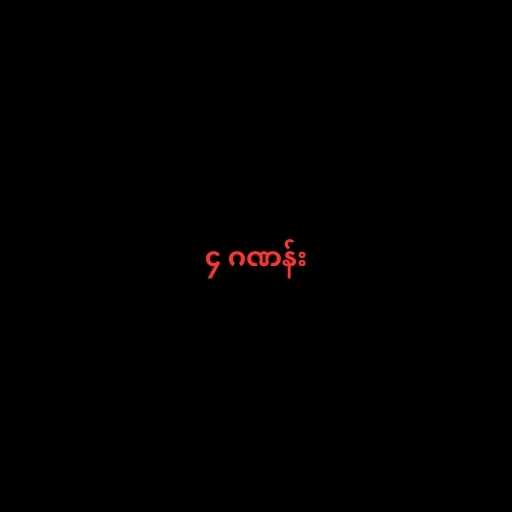
၄ ဂဏန်း